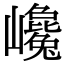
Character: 巉